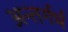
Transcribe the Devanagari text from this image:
अन्तर्गर्भ